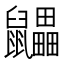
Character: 鼺